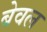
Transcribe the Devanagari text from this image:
बेवल